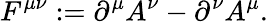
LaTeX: F^{\mu\nu}:=\partial^{\mu}A^{\nu}-\partial^{\nu}A^{\mu}.